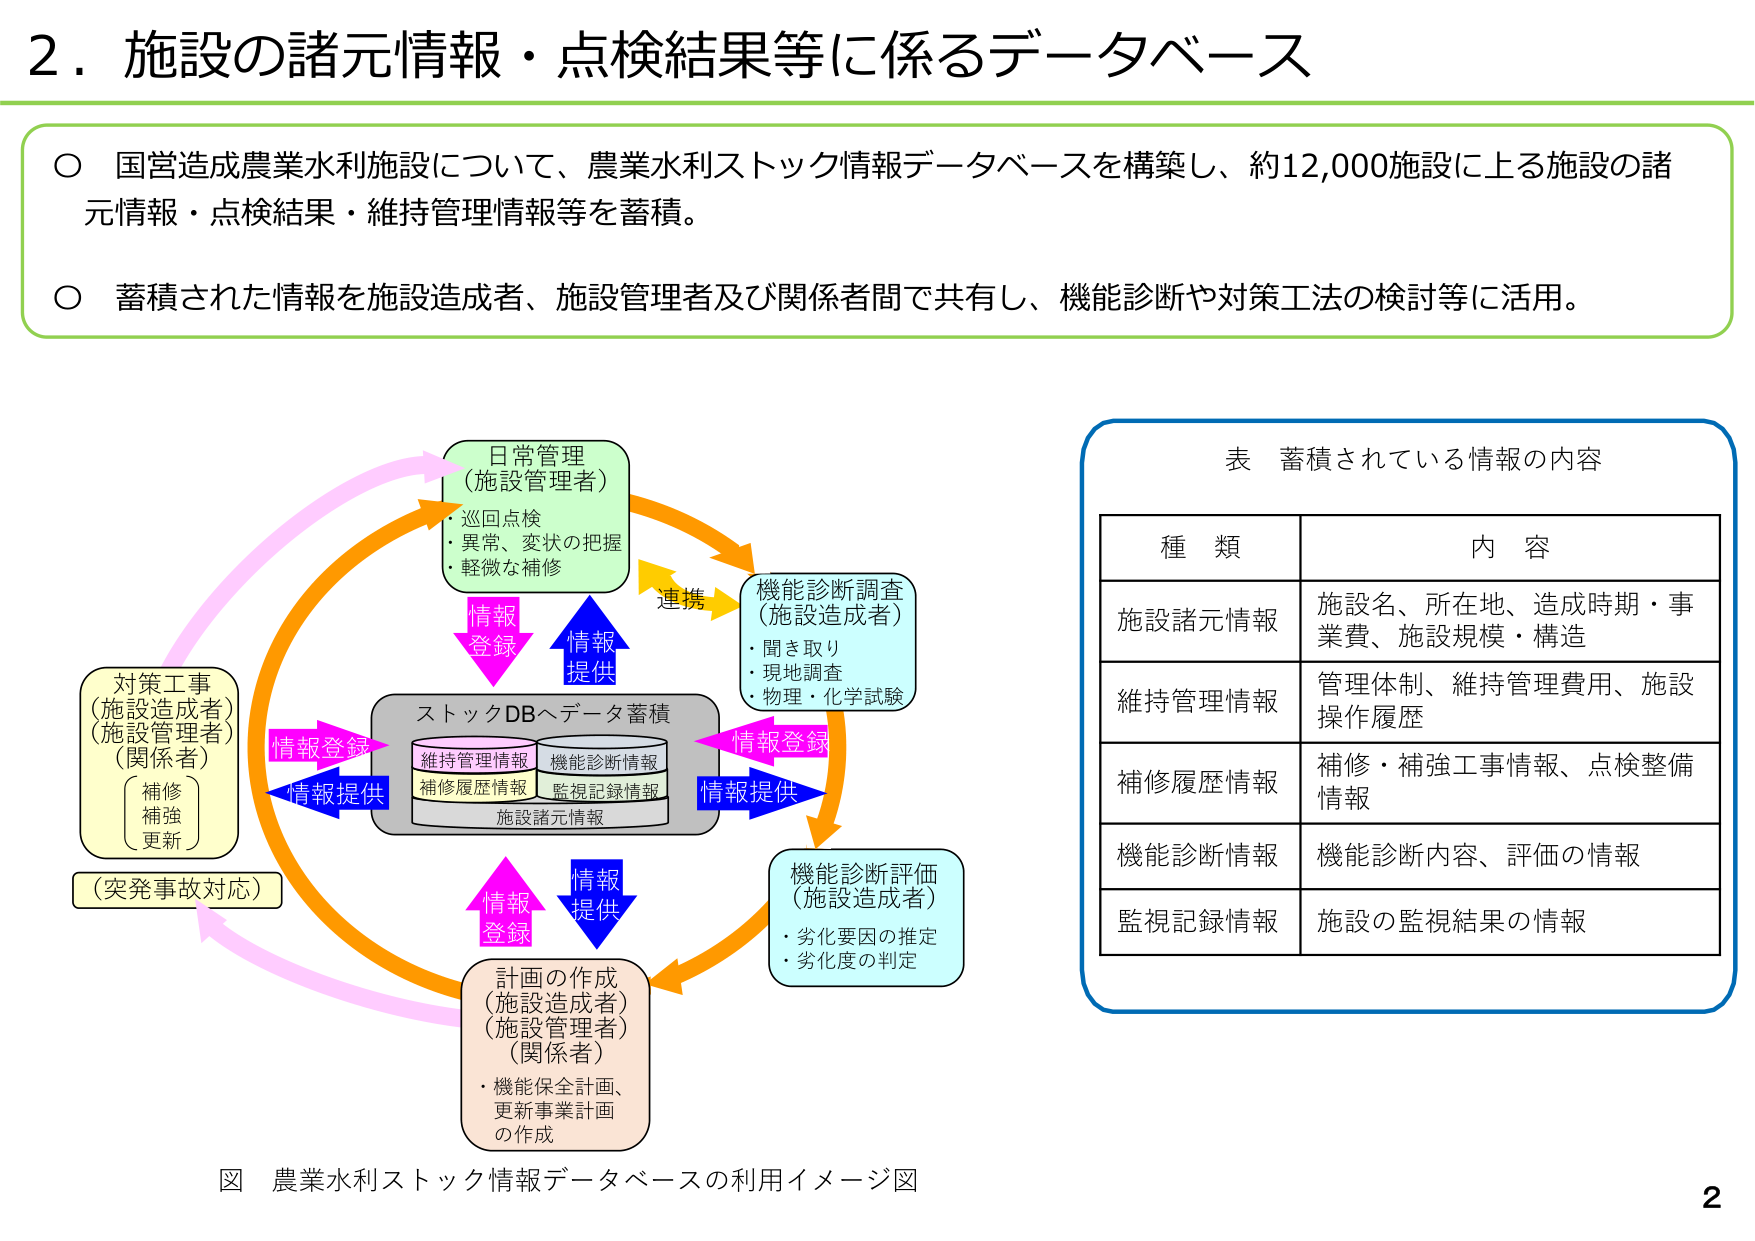
2．施設の諸元情報・点検結果等に係るデータベース

○ 国営造成農業水利施設について、農業水利ストック情報データベースを構築し、約12,000施設に上る施設の諸元情報・点検結果・維持管理情報等を蓄積。

○ 蓄積された情報を施設造成者、施設管理者及び関係者間で共有し、機能診断や対策工法の検討等に活用。

図 農業水利ストック情報データベースの利用イメージ図

日常管理
（施設管理者）
・巡回点検
・異常、変状の把握
・軽微な補修

機能診断調査
（施設造成者）
・聞き取り
・現地調査
・物理・化学試験

連携

情報登録
情報提供

ストックDBへデータ蓄積
維持管理情報
補修履歴情報
監視記録情報
施設諸元情報

情報登録
情報提供

対策工事
（施設造成者）
（施設管理者）
（関係者）
補修
補強
更新
（突発事故対応）

情報登録
情報提供

計画の作成
（施設造成者）
（施設管理者）
（関係者）
・機能保全計画、
更新事業計画
の作成

情報登録
情報提供

機能診断評価
（施設造成者）
・劣化要因の推定
・劣化度の判定

表 蓄積されている情報の内容

種類 内容
施設諸元情報 施設名、所在地、造成時期・事業費、施設規模・構造
維持管理情報 管理体制、維持管理費用、施設操作履歴
補修履歴情報 補修・補強工事情報、点検整備情報
機能診断情報 機能診断内容、評価の情報
監視記録情報 施設の監視結果の情報

2